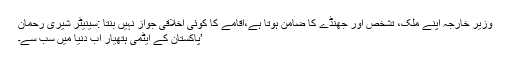
وزیر خارجہ اپنے ملک، تشخص اور جھنڈے کا ضامن ہوتا ہے،اقامے کا کوئی اخلاقی جواز نہیں بنتا :سینیٹر شیری رحمان
’پاکستان کے ایٹمی ہتھیار اب دنیا میں سب سے۔